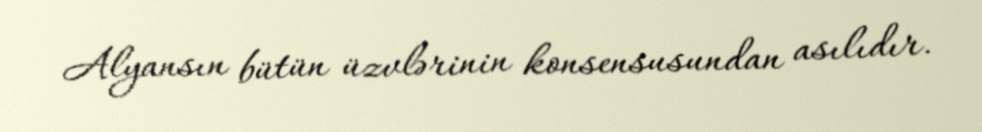
Alyansın bütün üzvlərinin konsensusundan asılıdır.